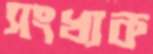
সংখ্যক